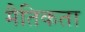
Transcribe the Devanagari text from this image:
मैतिकता